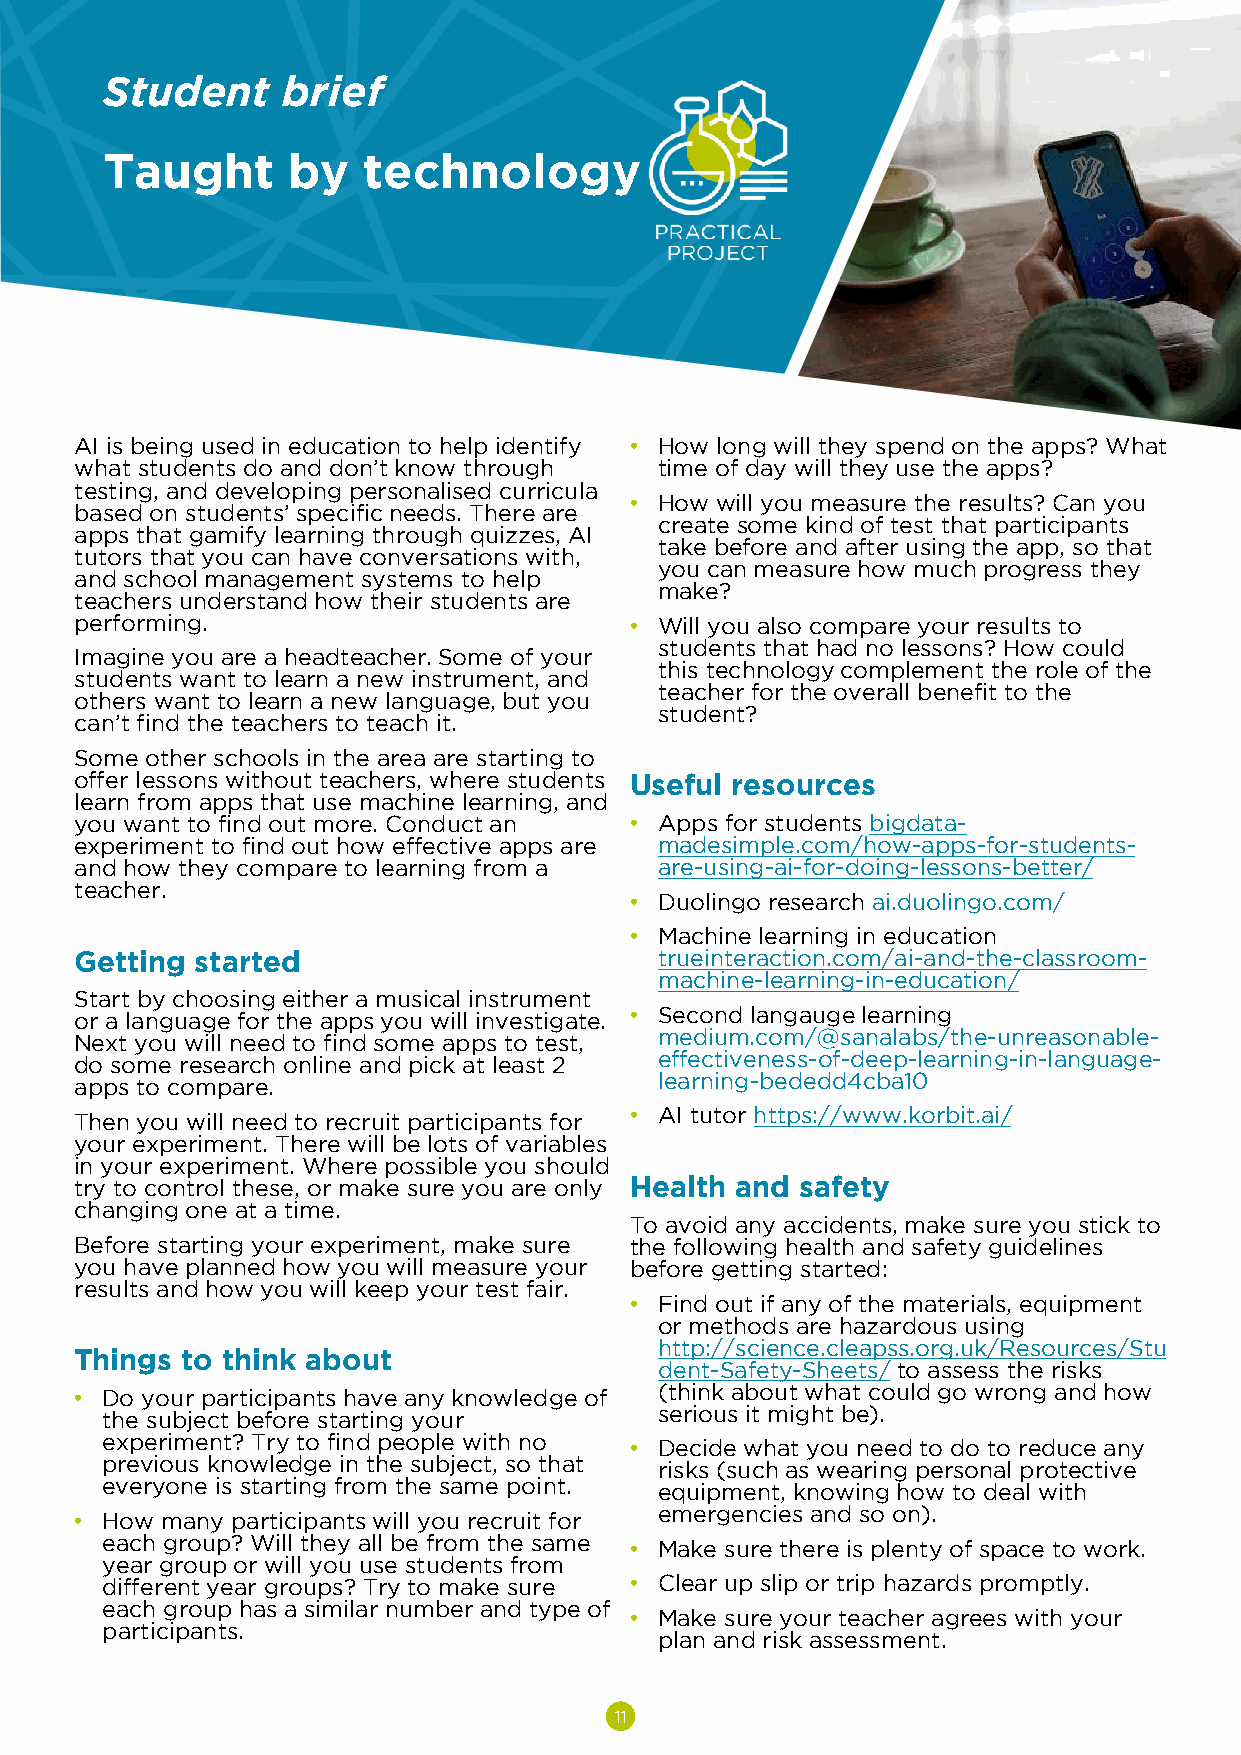
Student     brief
 Taught      by   technology
 AI is being used in education to help identify • How long will they spend on the apps? What
 what students do and don’t know through time of day will they use the apps?
 testing, and developing personalised curricula
 • How will you measure the results? Can you
 based on students’ specific needs. There are
 create some kind of test that participants
 apps that gamify learning through quizzes, AI
 take before and after using the app, so that
 tutors that you can have conversations with,
 you can measure how much progress they
 and school management systems to help
 make?
 teachers understand how their students are
 performing.                          • Will you also compare your results to
 students that had no lessons? How could
 Imagine you are a headteacher. Some of your
 this technology complement the role of the
 students want to learn a new instrument, and
 teacher for the overall benefit to the
 others want to learn a new language, but you
 student?
 can’t find the teachers to teach it.
 Some other schools in the area are starting to
 offer lessons without teachers, where students Useful resources
 learn from apps that use machine learning, and
 you want to find out more. Conduct an • Apps for students bigdata-
 experiment to find out how effective apps are madesimple.com/how-apps-for-students-
 and how they compare to learning from a are-using-ai-for-doing-lessons-better/
 teacher.
 • Duolingo research ai.duolingo.com/
 • Machine learning in education
 Getting started                        trueinteraction.com/ai-and-the-classroom-
 machine-learning-in-education/
 Start by choosing either a musical instrument
 or a language for the apps you will investigate. • Second langaugelearning
 medium.com/@sanalabs/the-unreasonable-
 Next you will need to find some apps to test,
 effectiveness-of-deep-learning-in-language-
 do some research online and pick at least 2
 learning-bededd4cba10
 apps to compare.
 Then you will need to recruit participants for • AI tutor https://www.korbit.ai/
 your experiment. There will be lots of variables
 in your experiment. Where possible you should
 try to control these, or make sure you are only Health and safety
 changing one at a time.
 To avoid any accidents, make sure you stick to
 Before starting your experiment, make sure the following health and safety guidelines
 you have planned how you will measure your before getting started:
 results and how you will keep your test fair.
 • Find out if any of the materials, equipment
 or methods are hazardous using
 http://science.cleapss.org.uk/Resources/Stu
 Things to think about
 dent-Safety-Sheets/to assess the risks
 (think about what could go wrong and how
 • Do your participants have any knowledge of
 serious it might be).
 the subject before starting your
 experiment? Try to find people with no • Decide what you need to do to reduce any
 previous knowledge in the subject, so that risks (such as wearing personal protective
 everyone is starting from the same point. equipment, knowing how to deal with
 emergencies and so on).
 • How many participants will you recruit for
 each group? Will they all be from the same • Make sure there is plenty of space to work.
 year group or will you use students from
 different year groups? Try to make sure • Clear up slip or trip hazards promptly.
 each group has a similar number and type of
 • Make sure your teacher agrees with your
 participants.
 plan and risk assessment.
 11